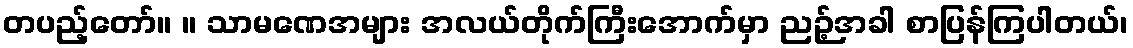
တပည့်တော်။ ။ သာမဏေအများ အလယ်တိုက်ကြီးအောက်မှာ ညဉ့်အခါ စာပြန်ကြပါတယ်၊